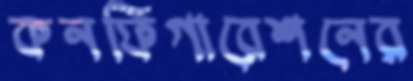
কনফিগারেশনের